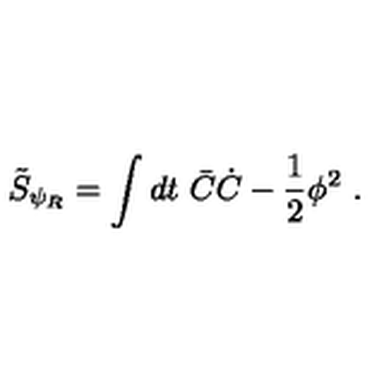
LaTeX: \tilde { S } _ { \psi _ { R } } = \int d t \ \bar { C } \dot { C } - { \frac { 1 } { 2 } } \phi ^ { 2 } \ .